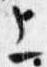
上